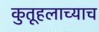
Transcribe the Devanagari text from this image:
कुतूहलाच्याच